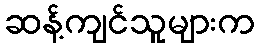
ဆန့်ကျင်သူများက